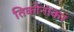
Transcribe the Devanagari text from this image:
तिकोनाकर